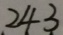
2 4 3